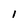
Character: l